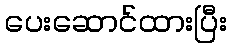
ပေးဆောင်ထားပြီး